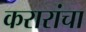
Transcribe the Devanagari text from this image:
करारांचा